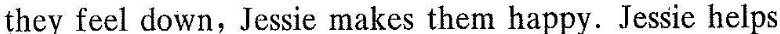
they feel down,Jessie makes them happy. Jessic helps